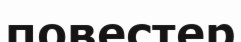
повестер